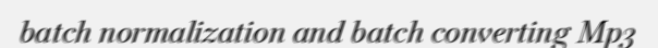
batch normalization and batch converting Mp3